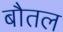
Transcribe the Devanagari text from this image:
बौतल